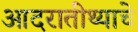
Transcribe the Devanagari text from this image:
आदरातीथ्याचे